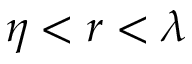
\eta < r < \lambda